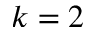
k = 2